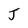
Character: J